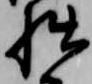
拙